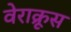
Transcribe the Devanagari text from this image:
वेराक्रूस